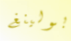
بولينغ